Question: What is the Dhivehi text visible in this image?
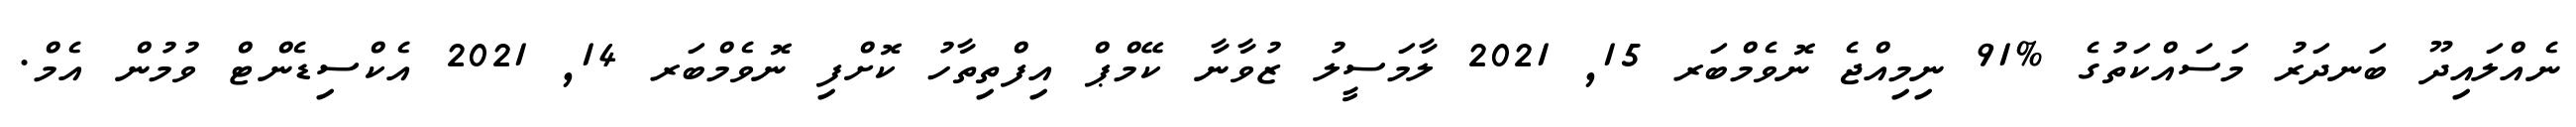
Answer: ނެއްލައިދޫ ބަނދަރު މަސައްކަތުގެ %91 ނިމިއްޖެ ނޮވެމްބަރ 15, 2021 ލާމަސީލު ޒުވާނާ ކޭމްޕް އިފްތިތާހު ކޮށްފި ނޮވެމްބަރ 14, 2021 އެކްސިޑެންޓް ވުމުން އެމް.